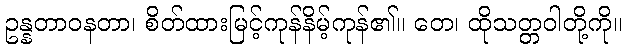
ဥန္နတာဝနတာ၊ စိတ်ထားမြင့်ကုန်နိမ့်ကုန်၏။ တေ၊ ထိုသတ္တဝါတို့ကို။